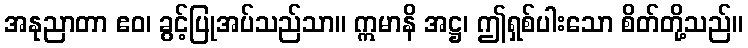
အနုညာတာ ဧဝ၊ ခွင့်ပြုအပ်သည်သာ။ ဣမာနိ အဋ္ဌ၊ ဤရှစ်ပါးသော စိတ်တို့သည်။